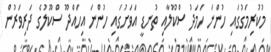
މުކުރިމަގުގައި ހުންނަ ހަމަދު ސްކޫލާއި ތުނޑީ އަވަށުގައި ހުންނަ އިހައްދޫ ސްކޫލުގެ ދަރިވަރުން